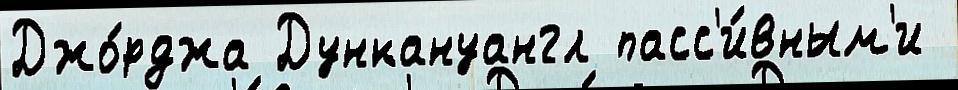
Джо́рджа Дункануангл пасс'и́вным'и